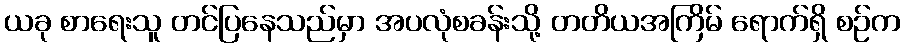
ယခု စာရေးသူ တင်ပြနေသည်မှာ အပလုံစခန်းသို့ တတိယအကြိမ် ရောက်ရှိ စဉ်က